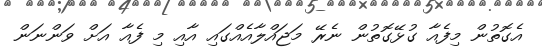
އެގޮތުން މިފެއާ ގުޅޭގޮތުން ނެރޭ މަޖައްލާއެއްގައި އާއި މި ފެއާ އަށް ވަންނަން